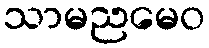
သာမညမေဝ